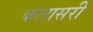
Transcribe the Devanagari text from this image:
कलासरी